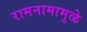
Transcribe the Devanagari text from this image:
रामनामामुळे